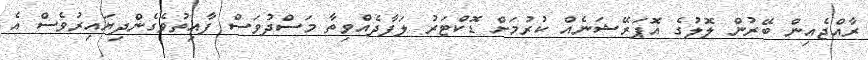
ރާއްޖެއިން ބޭރުން ލޮލުގެ އޮޕަރޭޝަނެއް ކުރުމަށް ޑޮކްޓަރު ލަފާދެއްވިތާ މަސްދުވަސް ފާއިތުވެެގެންދިޔައިރުވެސް އެ